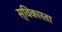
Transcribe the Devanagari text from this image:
स्विकारता